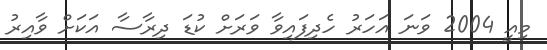
މިއީ 2004 ވަނަ އަހަރު ހެދިފައިވާ ވަރަށް ކުޑަ ދިރާސާ އަކަށް ވާއިރު